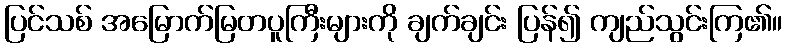
ပြင်သစ် အမြောက်မြတပူကြီးများကို ချက်ချင်း ပြန်၍ ကျည်သွင်းကြ၏။